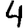
Digit: 4